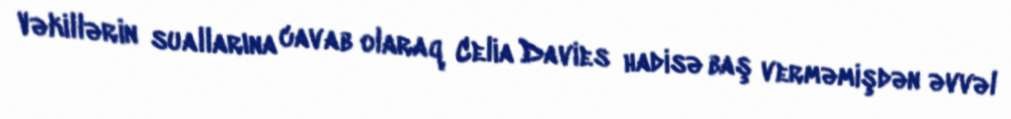
Vəkillərin suallarına cavab olaraq Celia Davies hadisə baş verməmişdən əvvəl